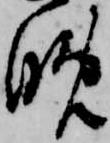
晩